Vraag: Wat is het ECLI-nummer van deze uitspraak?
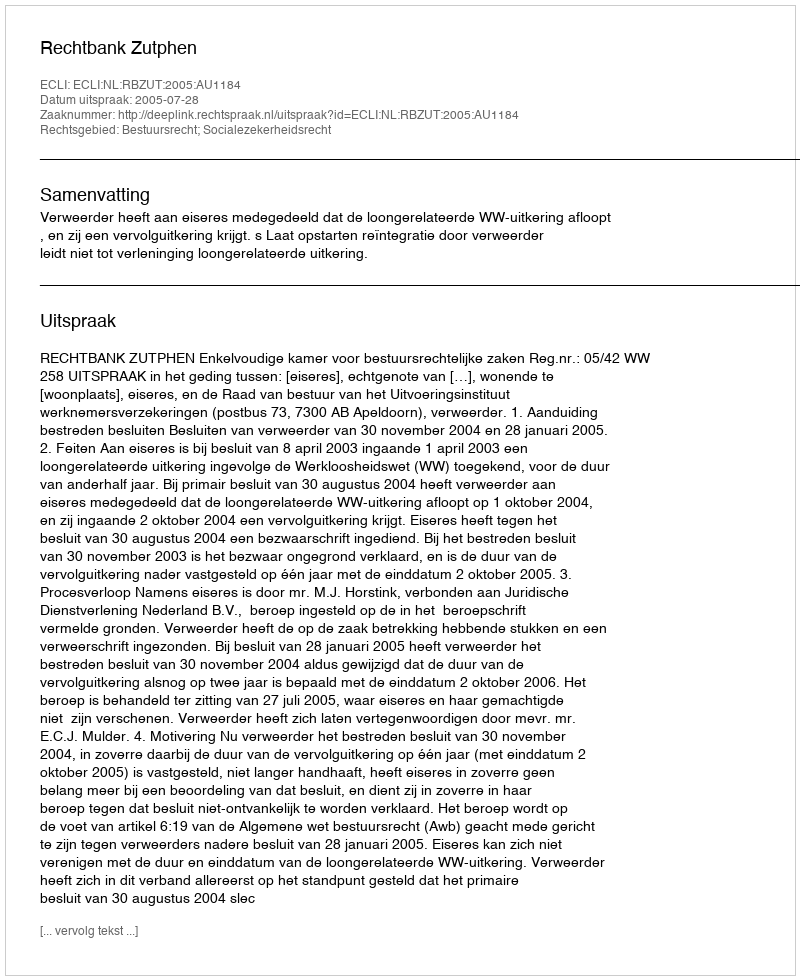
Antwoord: ECLI:NL:RBZUT:2005:AU1184